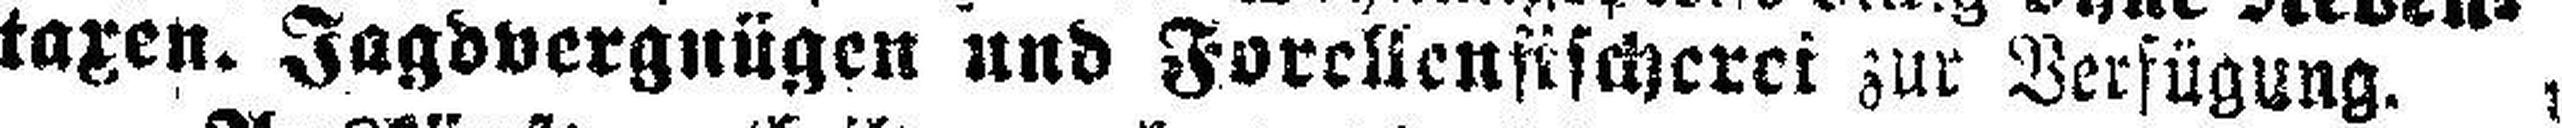
taxen. Jagdvergnügen und Forellenfischerei zur Verfügung.